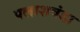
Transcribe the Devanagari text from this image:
पलाशवंडा